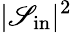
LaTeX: |\mathscr{S}_{\mathrm{{in}}}|^{2}